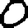
Digit: 0